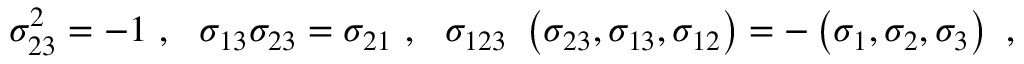
\sigma _ { 2 3 } ^ { 2 } = - 1 ~ , ~ ~ \sigma _ { 1 3 } \sigma _ { 2 3 } = \sigma _ { 2 1 } ~ , ~ ~ \sigma _ { 1 2 3 } ~ \left( \sigma _ { 2 3 } , \sigma _ { 1 3 } , \sigma _ { 1 2 } \right) = - \left( \sigma _ { 1 } , \sigma _ { 2 } , \sigma _ { 3 } \right) ~ ,